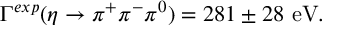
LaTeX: \Gamma ^ { e x p } ( \eta \rightarrow \pi ^ { + } \pi ^ { - } \pi ^ { 0 } ) = 2 8 1 \pm 2 8 \, \, \mathrm { e V } .